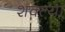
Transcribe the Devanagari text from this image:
शक्त्या